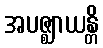
အပဇ္ဈာယန္တိ